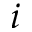
i